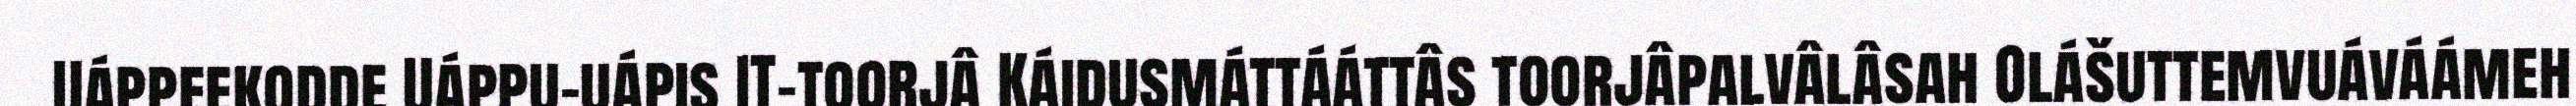
Uáppeekodde Uáppu-uápis IT-toorjâ Káidusmáttááttâs toorjâpalvâlâsah Olášuttemvuáváámeh